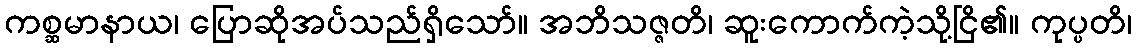
ကစ္ဆမာနာယ၊ ပြောဆိုအပ်သည်ရှိသော်။ အဘိသဇ္ဇတိ၊ ဆူးကောက်ကဲ့သို့ငြိ၏။ ကုပ္ပတိ၊